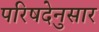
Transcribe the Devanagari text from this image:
परिषदेनुसार